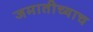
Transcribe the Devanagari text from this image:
जमातीच्याच